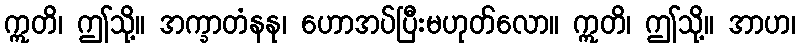
ဣတိ၊ ဤသို့။ အက္ခာတံနနု၊ ဟောအပ်ပြီးမဟုတ်လော။ ဣတိ၊ ဤသို့။ အာဟ၊